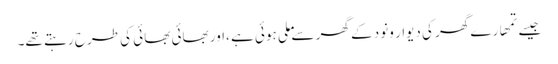
جیسے تمھارے گھر کی دیوار ونود کے گھر سے ملی ہوئی ہے ،اور بھائی بھائی کی طرح رہتے تھے۔